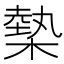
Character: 槷